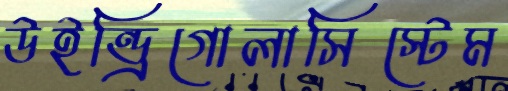
উইন্ড্রিগোলাসিস্টেম